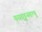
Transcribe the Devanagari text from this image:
यसवड्ढनवत्थु